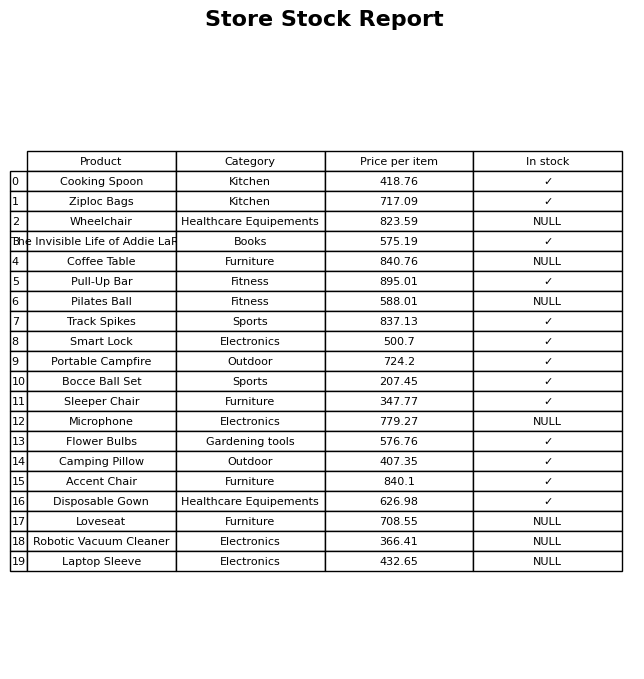
question: What is the price of the Disposable Gown?
answer: The price of Disposable Gown is 626.98.